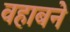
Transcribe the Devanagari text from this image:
वहाबने